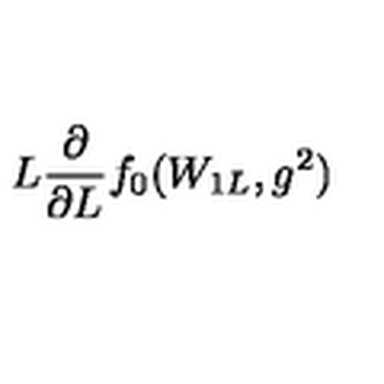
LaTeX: L \frac { \partial } { \partial L } f _ { 0 } ( W _ { 1 L } , g ^ { 2 } )